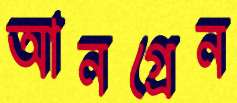
আনগ্রেন